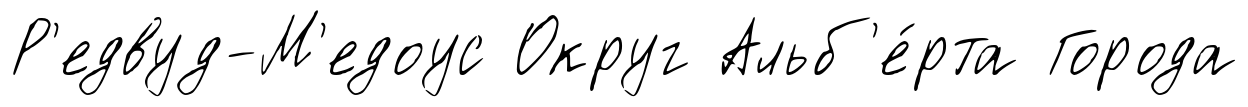
Р'едвуд-М'едоус Округ Альб'е́рта Города